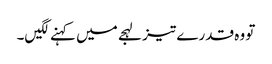
تو وہ قدرے تیز لہجے میں کہنے لگیں۔